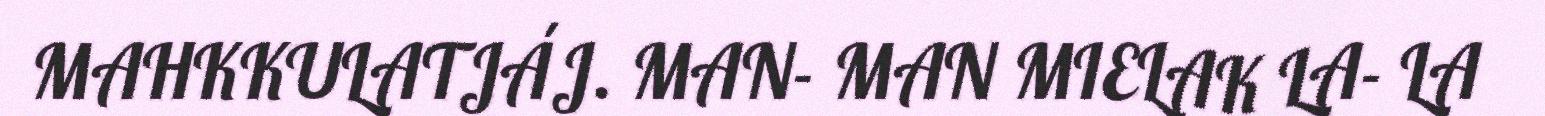
MAHKKULATJÁJ. MAN- MAN MIELAK LA- LA